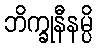
ဘိက္ခုနီနမ္ပိ